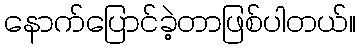
နောက်ပြောင်ခဲ့တာဖြစ်ပါတယ်။